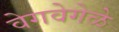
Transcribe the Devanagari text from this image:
वेगवेगेळे